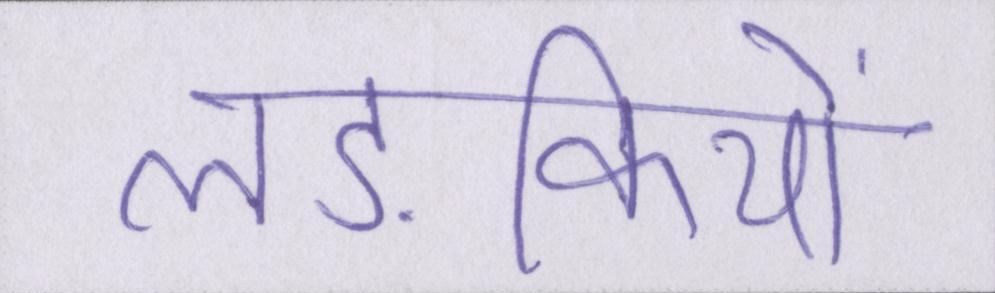
लङकियों